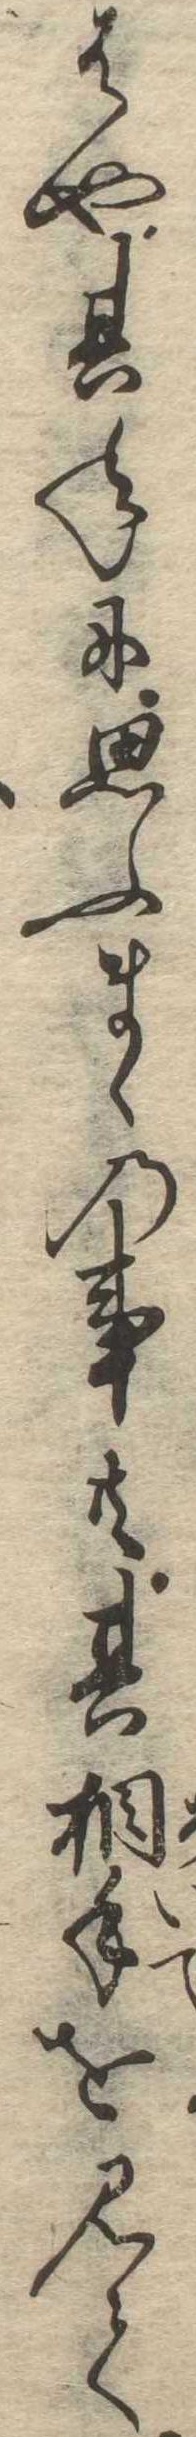
はや其年に思ふまゝの事共其相手を見て